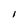
Character: I